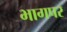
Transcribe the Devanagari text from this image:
भागपर